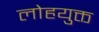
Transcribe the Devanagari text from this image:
लोहयुक्त